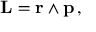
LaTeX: \mathbf { L } = \mathbf { r } \wedge \mathbf { p } \, ,